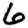
Digit: 6